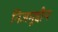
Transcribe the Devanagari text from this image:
निजमूद्दीन